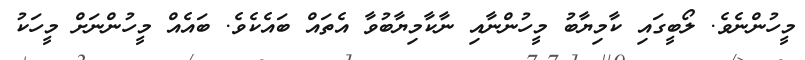
މީހުންނެވެ. ލޯބީގައި ކާމިޔާބު މީހުންނާއި ނާކާމިޔާބުވާ އެތައް ބައެކެވެ. ބައެއް މީހުންނަށް މީހަކު